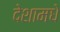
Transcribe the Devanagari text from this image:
देशामधे